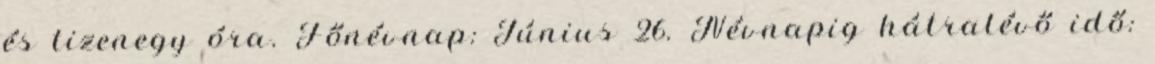
és tizenegy óra. Főnévnap: Június 26. Névnapig hátralévő idő: